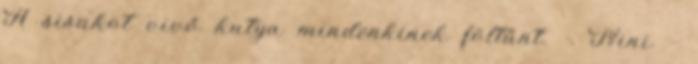
A sisakot vivő kutya mindenkinek föltűnt. - Nini -